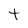
Character: t